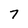
Character: 7